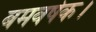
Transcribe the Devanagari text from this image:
बमवर्षक।